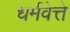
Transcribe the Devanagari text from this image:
धर्मवेत्ते